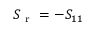
S _ { \mathrm { ~ r ~ } } = - S _ { 1 1 }